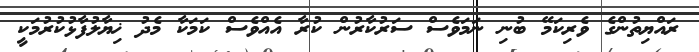
ރައްޔިތުންގެ ވެރިކަމޭ ބުނި ނަމަވެސް ސަރުކާރުން ކުރާ އެއްވެސް ކަމަކާ މެދު ޚިޔާލުފާޅުކުރުމަކީ